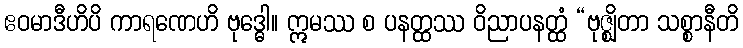
ဧဝမာဒီဟိပိ ကာရဏေဟိ ဗုဒ္ဓေါ။ ဣမဿ စ ပနတ္ထဿ ဝိညာပနတ္ထံ “ဗုဇ္ဈိတာ သစ္စာနီတိ